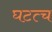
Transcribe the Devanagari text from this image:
घटत्च